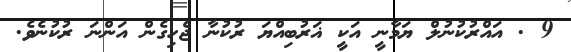
9 . އައްރުކުނުލް ޔަމާނީ އަކީ ޣަރުބިއްޔަ ރުކުނާ ޖެހިގެން އަންނަ ރުކުނެވެ.